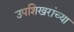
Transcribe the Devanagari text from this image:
उपशिखरांच्या